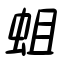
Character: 蛆